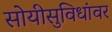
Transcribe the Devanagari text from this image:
सोयीसुविधांवर